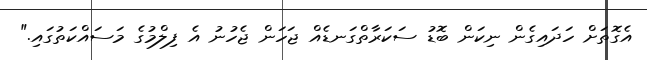
އެގޮތަށް ހަދައިގެން ނިކަން ބޮޑު ސަކަރާތްގަނޑެއް ޖަހަން ޖެހުނު އެ ފިލްމުގެ މަސައްކަތުގައި."